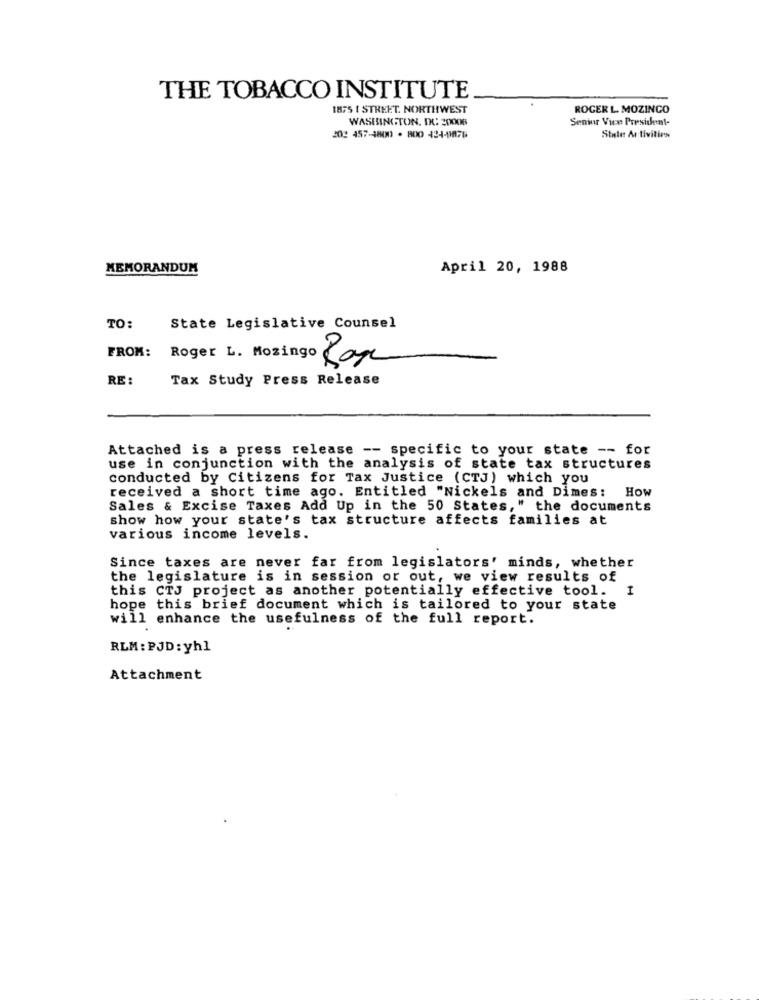
THE TOBACCO INSTITUTE
1875 1 STREET. NORTHWEST
ROGER L. MOZINCO
WASHINGTON, DC: 20006
Senior Vice President-
20: 457-4800 -800 124-9876
Stile Ar tivities
MEMORANDUM
April 20, 1988
TO:
State Legislative Counsel
FROM:
Roger L. Mozingo Care
RE :
Tax Study Press Release
Attached is a press release -- specific to your state -- for
use in conjunction with the analysis of state tax structures
conducted by Citizens for Tax Justice (CTJ) which you
received a short time ago. Entitled "Nickels and Dimes: How
Sales & Excise Taxes Add Up in the 50 States," the documents
show how your state's tax structure affects families at
various income levels.
Since taxes are never far from legislators' minds, whether
the legislature is in session or out, we view results of
this CTJ project as another potentially effective tool.
I
hope this brief document which is tailored to your state
will enhance the usefulness of the full report.
RLM : PJD: yh1
Attachment